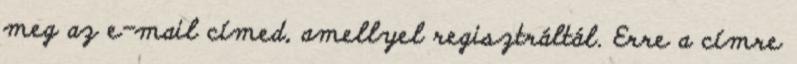
meg az e-mail címed, amellyel regisztráltál. Erre a címre